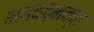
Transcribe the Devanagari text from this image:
भगवद्‌भक्त